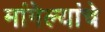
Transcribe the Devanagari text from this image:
मांगेल्यांचे